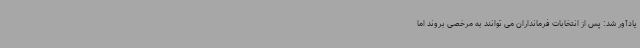
یادآور شد: پس از انتخابات فرمانداران می توانند به مرخصی بروند اما